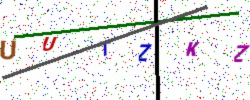
Text: UUTZKZ